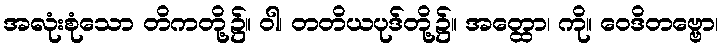
အလုံးစုံသော တိကတို့၌။ ဝါ၊ တတိယပုဒ်တို့၌။ အတ္ထော၊ ကို။ ဝေဒိတဗ္ဗော၊